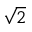
\sqrt 2